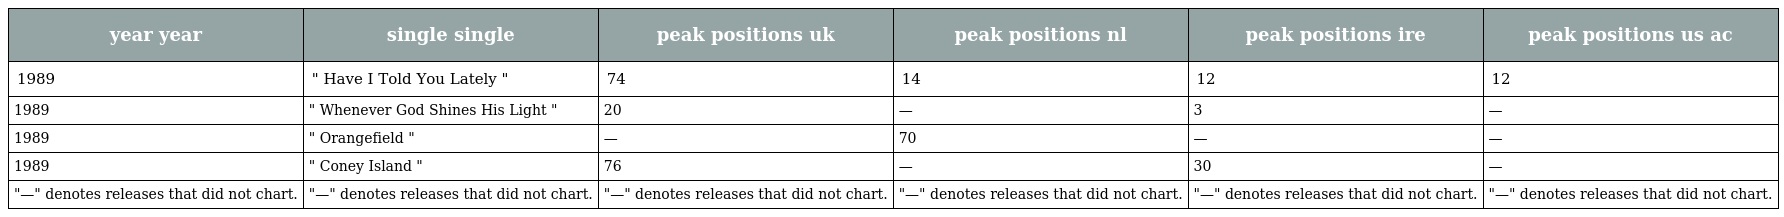
| year year | single single | peak positions uk | peak positions nl | peak positions ire | peak positions us ac |
 | --- | --- | --- | --- | --- | --- |
 | 1989 | " Have I Told You Lately " | 74 | 14 | 12 | 12 |
 | 1989 | " Whenever God Shines His Light " | 20 | — | 3 | — |
 | 1989 | " Orangefield " | — | 70 | — | — |
 | 1989 | " Coney Island " | 76 | — | 30 | — |
 | "—" denotes releases that did not chart. | "—" denotes releases that did not chart. | "—" denotes releases that did not chart. | "—" denotes releases that did not chart. | "—" denotes releases that did not chart. | "—" denotes releases that did not chart. |